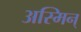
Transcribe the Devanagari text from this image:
अस्मिन्